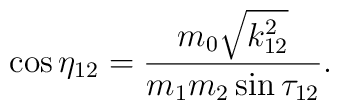
\cos\eta_{12} = \frac{m_0 \sqrt{k_{12}^2}}                     {m_1 m_2 \sin\tau_{12}} .